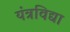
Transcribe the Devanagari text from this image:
यंत्रविद्या